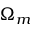
\Omega _ { m }